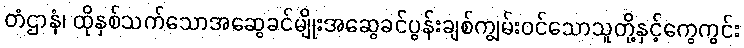
တံဌာနံ၊ ထိုနှစ်သက်သောအဆွေခင်မျိုးအဆွေခင်ပွန်းချစ်ကျွမ်းဝင်သောသူတို့နှင့်ကွေကွင်း